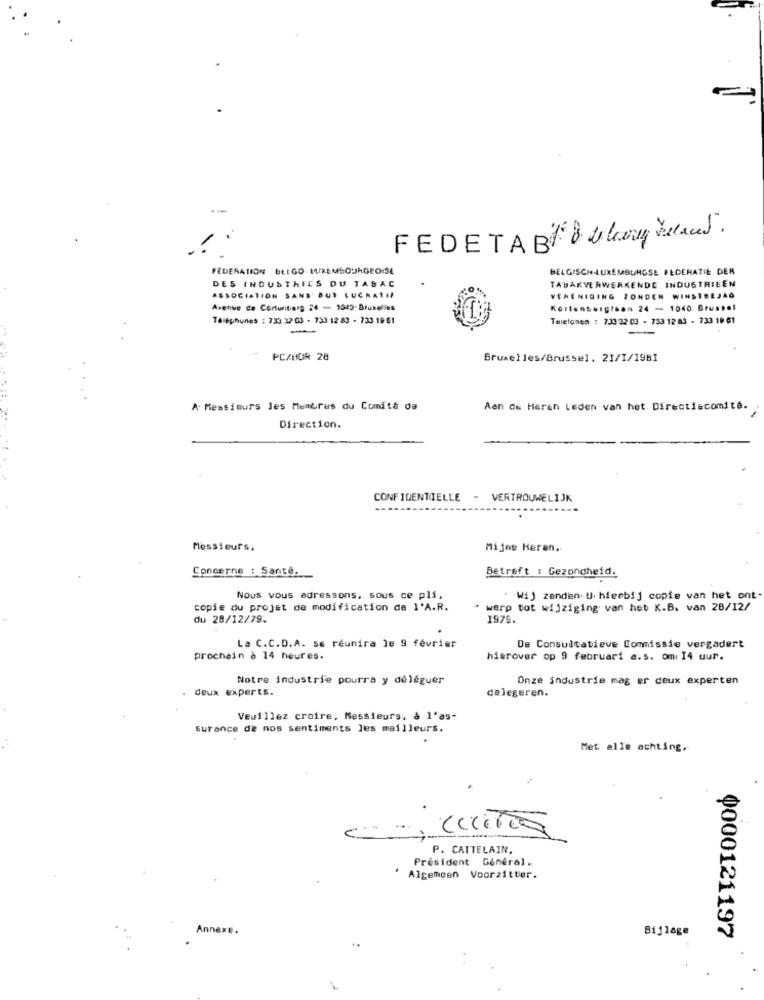
FEDETABUlary relacet.
11
FEDERATION BELGO-LUXEMBOURGEOISE
BELGISCH-LUXEMBURGSE FEDERATIE DER
DES INDUSTRIES OU TASAC
TABAKVERWERKENDE INDUSTRIEEN
ASSOCIATION SANS' BUT LUCRATIF
VERENIGING ZONDER WINSIDEJAG
Avenue de Corturibe's 24 - 1049- Bruxelles
Kortenbergisan 24 - 1040 Brussel
Telephunes : 733 32 03 - 733 12 83 - 733 19 61
Telefonen : 733 32 03 - 733 12 83 - 733 18 61
-
PC/HOR 28
Bruxelles/Brussel. 21/1/1981
A Messieurs les Membres du Comité de
Aan de Heren Leden van het Directiecomité.
...
Direction.
CONFIDENTIELLE - VERTROUWELIJK
Messieurs,
Mijne Heran,
Concerne : Sante.
Betreft : Gezondheid.
Nous vous adressons, sous ce pli,
. Wij zanden U hierbij copie van het ont-
copie du projet de modification de l'A.R.
werp tot wijziging van het K.B. van 28/12/
du 28/12/79.
1979.
La C.C.D.A. se réunira le 9 février
De Consultatieve Commissie vergadert
prochain à 14 heures.
hisrover op 9 februari a.s. omi 14 uur.
Notre industrie pourra y déléguer
Onze industrie mag er deux experten
deux experts.
delegeren.
Veuillez croire, Messieurs, & l'as-
Surance de nos sentiments les meilleurs.
Met alle achting.
P. CATTELAIN.
Président Général.
' Algemeen Voorzitter.
Annexe.
Bijlage
0000121197